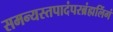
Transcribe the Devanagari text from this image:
समन्यस्तपादंपरब्रंह्मलिंगं